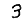
Digit: 3